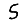
Digit: 5